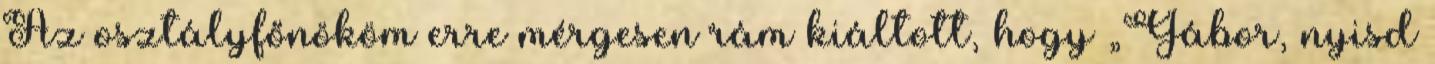
Az osztályfőnököm erre mérgesen rám kiáltott, hogy „Gábor, nyisd